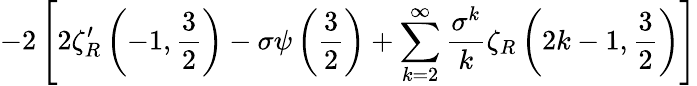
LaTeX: -2\left[2\zeta_{R}^{\prime}\left(-1,{\frac{3}{2}}\right)-\sigma\psi\left({\frac{3}{2}}\right)+\sum_{k=2}^{\infty}{\frac{\sigma^{k}}{k}}\zeta_{R}\left(2k-1,{\frac{3}{2}}\right)\right]